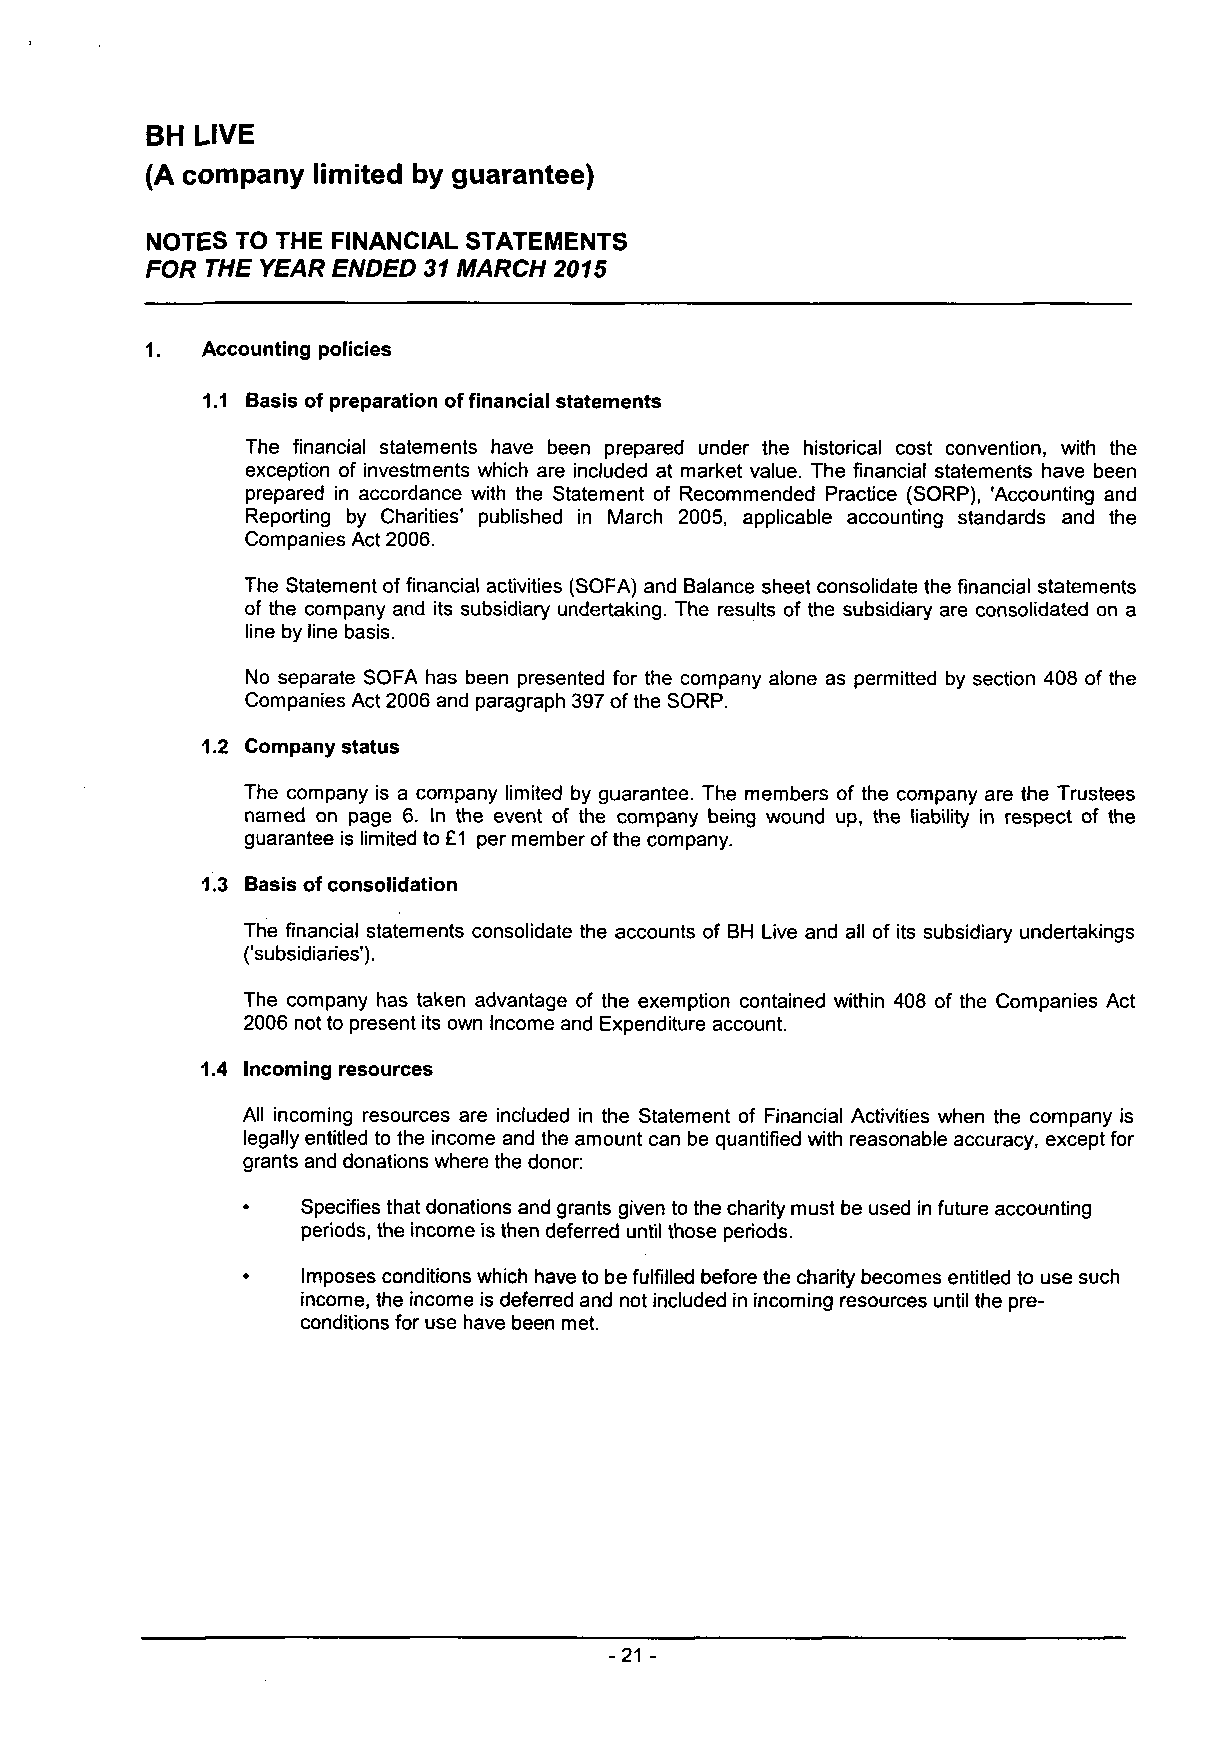
BH LIVE
 (A company limited by guarantee)
 NOTES TO THE FINANCIAL STATEMENTS
 FOR THE YEAR ENDED 31 MARCH 2015
 1. Accounting policies
 1.1 Basis of preparation of financial statements
 The financial statements have been prepared under the historical cost convention, with the
 exception of investments which are included at market value. The financial statements have been
 prepared in accordance with the Statement of Recommended Practice (SORP), 'Accounting and
 Reporting by Charities' published in March 2005, applicable accounting standards and the
 Companies Act 2006.
 The Statement of financial activities (SOFA) and Balance sheet consolidate the financial statements
 of the company and its subsidiary undertaking. The results of the subsidiary are consolidated on a
 line by line basis.
 No separate SOFA has been presented for the company alone as permitted by section 408 of the
 Companies Act 2006 and paragraph 397 of the SORP.
 1.2 Company status
 The company is a company limited by guarantee. The members of the company are the Trustees
 named on page 6. In the event of the company being wound up, the liability in respect of the
 guarantee is limited to £1 per member of the company.
 1.3 Basis of consolidation
 The financial statements consolidate the accounts of BH Live and all of its subsidiary undertakings
 ('subsidiaries').
 The company has taken advantage of the exemption contained within 408 of the Companies Act
 2006 not to present its own Income and Expenditure account.
 1.4 Incoming resources
 All incoming resources are included in the Statement of Financial Activities when the company is
 legally entitled to the income and the amount can be quantified with reasonable accuracy, except for
 grants and donations where the donor:
 Specifies that donations and grants given to the charity must be used in future accounting
 periods, the income is then deferred until those periods.
 Imposes conditions which have to be fulfilled before the charity becomes entitled to use such
 income, the income is deferred and not included in incoming resources until the pre
 conditions for use have been met.
 -21 -